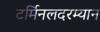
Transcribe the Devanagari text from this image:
टर्मिनलदरम्यान